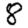
Digit: 8